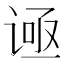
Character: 𬤅